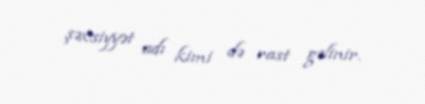
şəxsiyyət adı kimi də rast gəlinir.